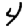
Digit: 4